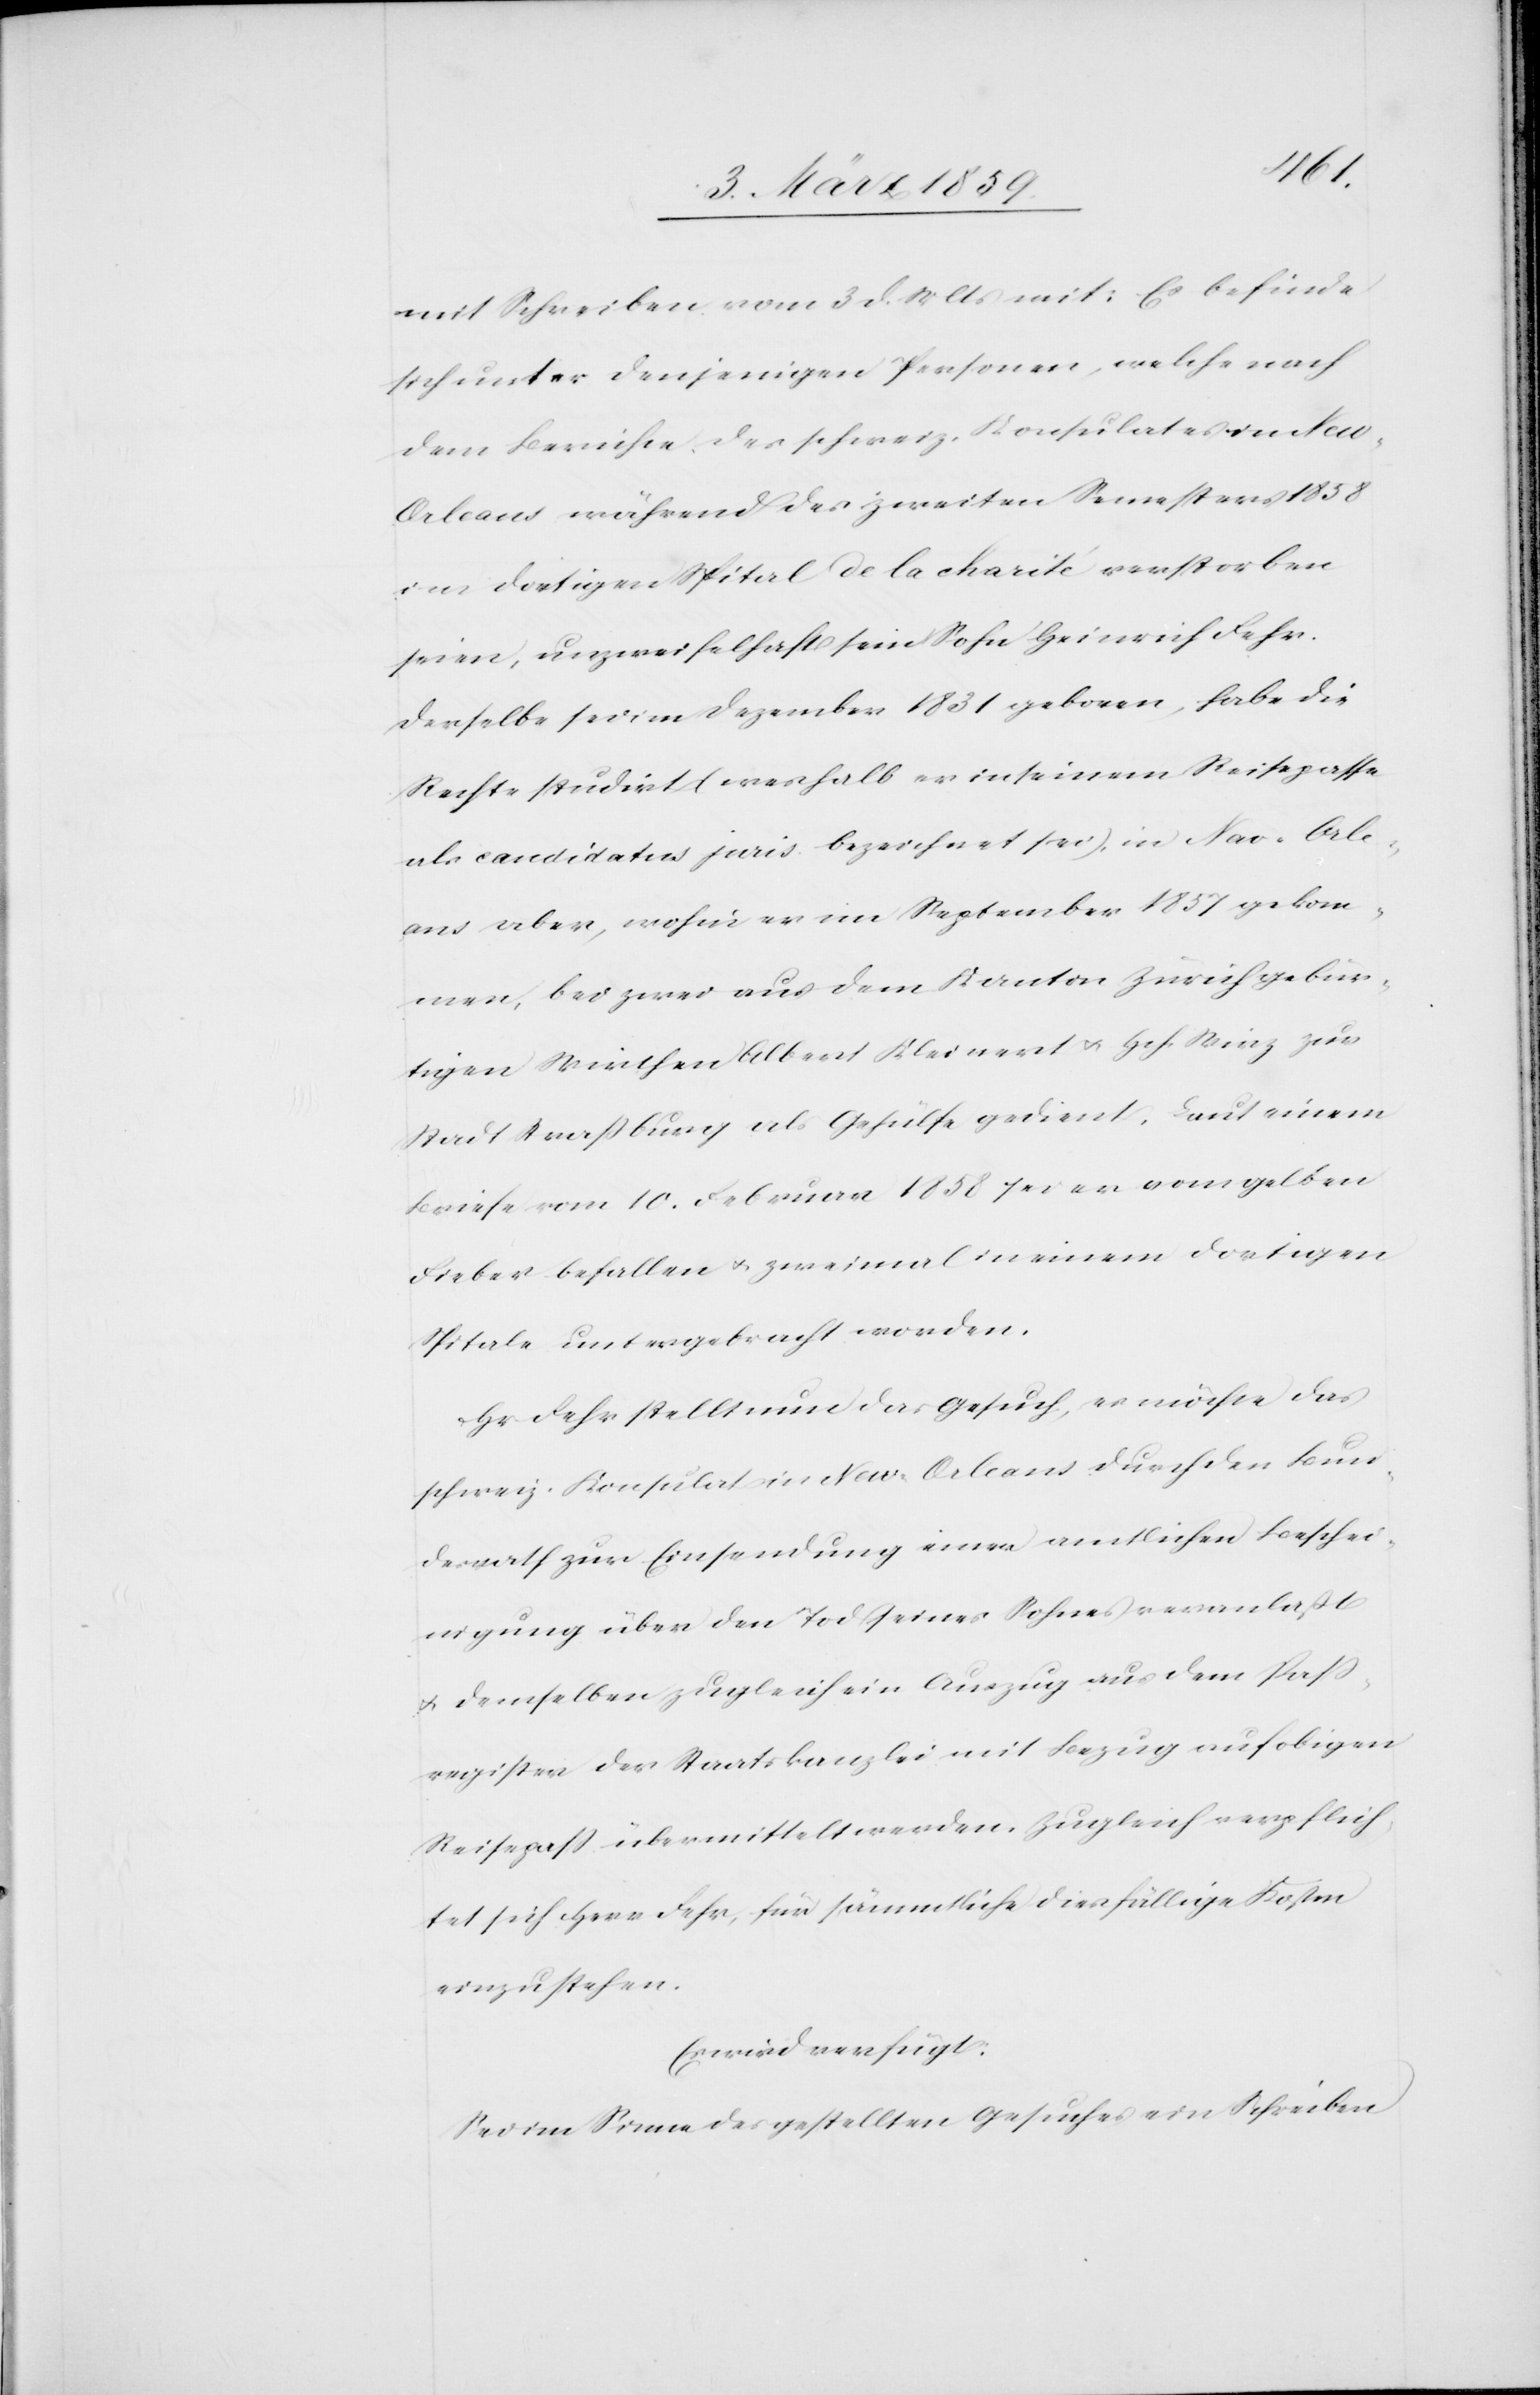
mit Schreiben vom 3 d. Mts mit: Es befinde
sich unter denjenigen Personen, welche nach
dem Berichte des schweiz. Konsulates in Ne¬
w-Orleans während des zweiten Semesters 1858
im dortigen Spital de la charité verstorben
seien, unzweifelhaft sein Sohn Heinrich Fehr.
Derselbe sei im Dezember 1831 geboren, habe die
Rechte studirt (weshalb er in seinem Reisepasse
als candidatus juris bezeichnet sei), in New-Orle¬
ans aber, wofür er im September 1857 gekom¬
men, bei zwei aus dem Kanton Zürich gebür¬
tigen Wirthen Albert Kleinert u. Hch. Wirz zur
Stadt Straßburg als Gehülfe gedient. Laut einem
Briefe vom 10. Februar 1858 sei er vom gelben
Fieber befallen u. zweimal in einem dortigen
Spitale untergebracht worden.
Hr. Fehr stellt nun das Gesuch, es möchte das
schweiz. Konsulat in New-Orleans durch den Bun¬
desrath zur Einsendung einer amtlichen Beschei¬
nigung über den Tod seines Sohnes veranlaßt
u. demselben zugleich ein Auszug aus dem Paß¬
register der Staatskanzlei mit Bezug auf obigen
Reisepaß übermittelt werden. Zugleich verpflich¬
tet sich Herr Fehr, für sämmtliche diesfällige Kosten
einzustehen.
Es wird verfügt:
Sei im Sinne des gestellten Gesuches ein Schreiben